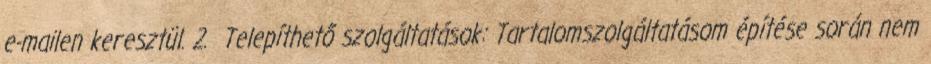
e-mailen keresztül. 2. Telepíthető szolgáltatások: Tartalomszolgáltatásom építése során nem